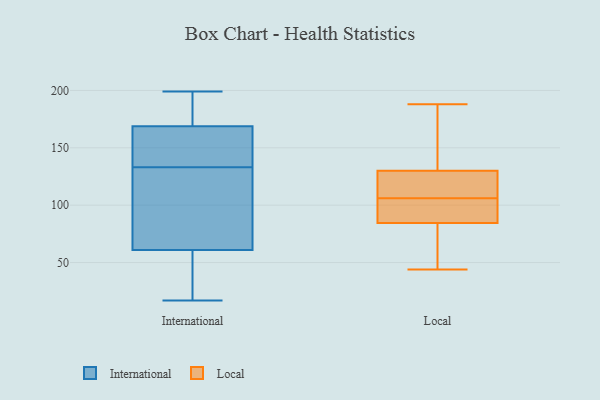
{"axis": {"x": "Revenue (USD Million)", "y": "Value"}, "legend": ["International", "Local"], "data": [{"x": "", "y": 122, "type": "International"}, {"x": "", "y": 177, "type": "International"}, {"x": "", "y": 153, "type": "International"}, {"x": "", "y": 49, "type": "International"}, {"x": "", "y": 178, "type": "International"}, {"x": "", "y": 166, "type": "International"}, {"x": "", "y": 100, "type": "International"}, {"x": "", "y": 133, "type": "International"}, {"x": "", "y": 65, "type": "International"}, {"x": "", "y": 17, "type": "International"}, {"x": "", "y": 21, "type": "International"}, {"x": "", "y": 199, "type": "International"}, {"x": "", "y": 142, "type": "International"}, {"x": "", "y": 116, "type": "Local"}, {"x": "", "y": 106, "type": "Local"}, {"x": "", "y": 186, "type": "Local"}, {"x": "", "y": 83, "type": "Local"}, {"x": "", "y": 133, "type": "Local"}, {"x": "", "y": 121, "type": "Local"}, {"x": "", "y": 89, "type": "Local"}, {"x": "", "y": 44, "type": "Local"}, {"x": "", "y": 188, "type": "Local"}, {"x": "", "y": 62, "type": "Local"}, {"x": "", "y": 106, "type": "Local"}]}